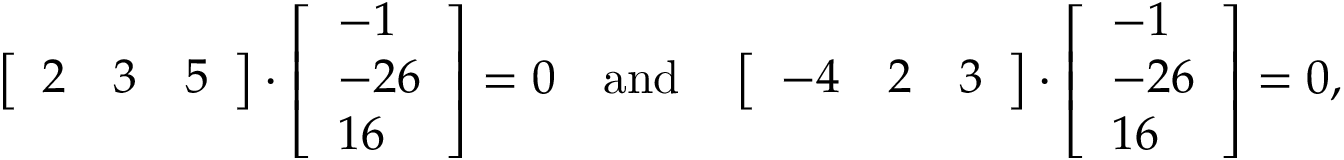
\left[ { \begin{array} { c c c } { 2 } & { 3 } & { 5 } \end{array} } \right] \cdot { \left[ \begin{array} { l } { - 1 } \\ { - 2 6 } \\ { 1 6 } \end{array} \right] } = 0 \quad \mathrm { a n d } \quad \left[ { \begin{array} { c c c } { - 4 } & { 2 } & { 3 } \end{array} } \right] \cdot { \left[ \begin{array} { l } { - 1 } \\ { - 2 6 } \\ { 1 6 } \end{array} \right] } = 0 \mathrm { , }